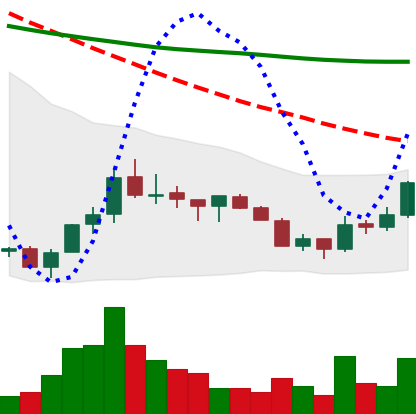
Ticker: ADA-USD
Chart end date: 2018-07-16
Forward return: 4.816%
Label: up_3_5